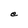
Character: e